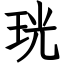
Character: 珖